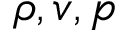
\rho , v , p